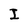
Character: I